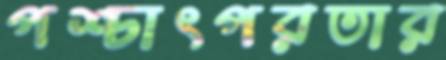
পশ্চাৎপরতার